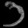
Digit: ၁